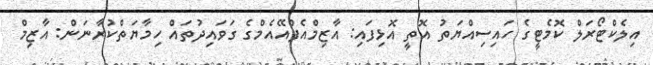
އިލެކްޓޯރަލް ކޮމެޓީގެ ހައިސިއްޔަތު އޮތީ އޮޅިފައި: އާޒިމްއެފްއޭއެމްގެ ގަވައިދުތައް ހިމާޔަތްކުރާނަން: އާޒިމް